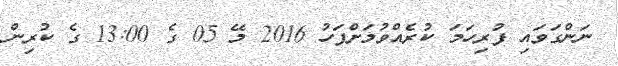
ނަންގަވައި ފުރިހަމަ ކުރެއްވުމަށްފަހު 2016 މޭ 05 ގެ 13:00 ގެ ކުރިން